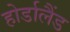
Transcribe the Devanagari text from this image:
होर्डालैंड